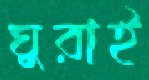
ঘুরাই